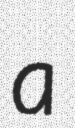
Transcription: a